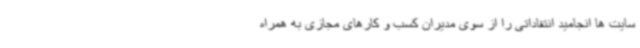
سایت ها انجامید انتقاداتی را از سوی مدیران کسب و کارهای مجازی به همراه